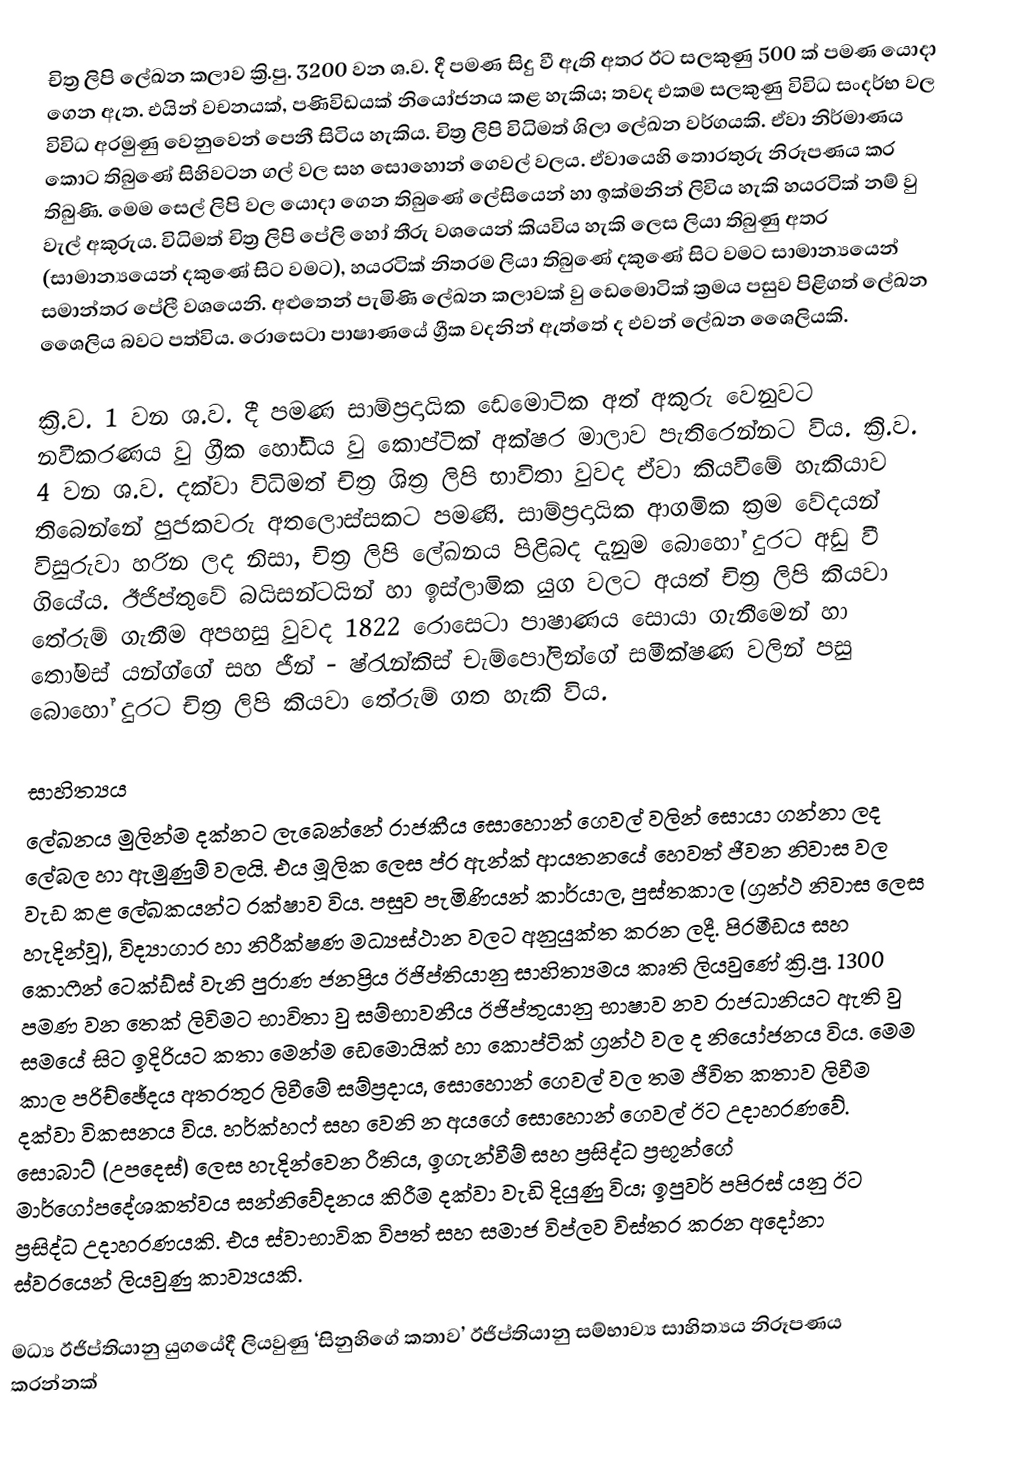
චිත්‍ර ලිපි ලේඛන කලාව ක්‍රි.පු. 3200 වන ශ.ව. දී පමණ සිදු වී ඇති අතර ඊට සලකුණු 500 ක් පමණ යොදා ගෙන ඇත. එයින් වචනයක්, පණිවිඩයක් නියෝජනය කළ හැකිය; තවද එකම සලකුණු විවිධ සංදර්භ වල විවිධ අරමුණු වෙනුවෙන් පෙනී සිටිය හැකිය. චිත්‍ර ලිපි විධිමත් ශිලා ලේඛන වර්ගයකි. ඒවා නිර්මාණය කොට තිබුණේ සිහිවටන ගල් වල සහ සොහොන් ගෙවල් වලය. ඒවායෙහි තොරතුරු නිරූපණය කර තිබුණි.  මෙම සෙල් ලිපි වල යොදා ගෙන තිබුණේ ලේසියෙන් හා ඉක්මනින් ලිවිය හැකි හයරටික් නම් වු වැල් අකුරුය. විධිමත් චිත්‍ර ලිපි පේලි හෝ තීරු වශයෙන් කියවිය හැකි ලෙස ලියා තිබුණු අතර (සාමාන්‍යයෙන් දකුණේ සිට වමට), හයරටික් නිතරම ලියා තිබුණේ දකුණේ සිට වමට සාමාන්‍යයෙන් සමාන්තර පේලී වශයෙනි. අළුතෙන් පැමිණි ලේඛන කලාවක් වු ඩෙමොටික් ක්‍රමය පසුව පිළිගත් ලේඛන ශෛලිය බවට පත්විය. රොසෙටා පාෂාණයේ ග්‍රීක වදනින් ඇත්තේ ද එවන් ලේඛන ශෛලියකි.

ක්‍රි.ව. 1 වන ශ.ව. දී පමණ සාම්ප්‍රදායික ඩෙමොටික අත් අකුරු වෙනුවට නවීකරණය වු ග්‍රීක හෝඩිය වු කොප්ටික් අක්ෂර මාලාව පැතිරෙන්නට විය. ක්‍රි.ව. 4 වන ශ.ව. දක්වා විධිමත් චිත්‍ර ශිත්‍ර ලිපි භාවිතා වුවද ඒවා කියවීමේ හැකියාව තිබෙන්නේ පුජකවරු අතලොස්සකට පමණි. සාම්ප්‍රදායික ආගමික ක්‍රම වේදයන් විසුරුවා හරින ලද නිසා, චිත්‍ර ලිපි ලේඛනය පිළිබද දැනුම බොහෝ දුරට අඩු වී ගියේය. ඊජිප්තුවේ බයිසන්ටයින් හා ඉස්ලාමික යුග වලට අයත් චිත්‍ර ලිපි කියවා තේරුම් ගැනීම අපහසු වුවද 1822 රොසෙටා පාෂාණය සොයා ගැනීමෙන් හා තෝමස් යන්ග්ගේ සහ ජීන් - ෂ්රැන්කිස් චැම්පෝලින්ගේ සමීක්ෂණ වලින් පසු බොහෝ දුරට චිත්‍ර ලිපි කියවා තේරුම් ගත හැකි විය.

සාහිත්‍යය
ලේඛනය මුලින්ම දක්න‍ට ලැබෙන්නේ රාජකීය සොහොන් ගෙවල් වලින් සොයා ගන්නා ලද ලේබල හා ඇමුණුම් වලයි. එය මූලික ලෙස ප්ර ඇන්ක් ආයතනයේ හෙවත් ජීවන නිවාස වල වැඩ කළ ලේඛකයන්ට රක්ෂාව විය. පසුව පැමිණියන් කාර්යාල, පුස්තකාල (ග්‍රන්ථ නිවාස ලෙස හැදින්වූ), විද්‍යාගාර හා නිරීක්ෂණ මධ්‍යස්ථාන වලට අනුයුක්ත කරන ලදී. පිරමීඩය සහ කො‍ෆීන් ටෙක්ඩ්ස් වැනි පුරාණ ජනප්‍රිය ඊජිප්තියානු සාහිත්‍යමය කෘති ලියවුණේ ක්‍රි.පු. 1300 පමණ වන තෙක් ලිවිමට භාවිතා වු සම්භාවනීය ඊජිප්තුයානු භාෂාව නව රාජධානියට ඇති වු සමයේ සිට ඉදිරියට කතා මෙන්ම ඩෙමොයික් හා කොප්ටික් ග්‍රන්ථ වල ද නියෝජනය විය. මෙම කාල පරිච්ඡේදය අතරතුර ලිවීමේ සම්ප්‍රදාය, සොහොන් ගෙවල් වල තම ජීවිත කතාව ලිවීම දක්වා විකසනය විය. හර්ක්හෆ් සහ වෙනි න අයගේ සොහොන් ගෙවල් ඊට උදාහරණවේ. සො‍බාට් (උපදෙස්) ලෙස හැදින්වෙන රීතිය, ඉගැන්වීම් සහ ප්‍රසිද්ධ ප්‍රභූන්ගේ මාර්ගෝපදේශකත්වය සන්නිවේදනය කිරීම දක්වා වැඩි දියුණු විය; ඉපුවර් පපිරස් යනු ඊට ප්‍රසිද්ධ උදාහරණයකි. එය ස්වාභාවික විපත් සහ සමාජ විප්ලව විස්තර කරන අදෝනා ස්වරයෙන් ලියවුණු කාව්‍යයකි.

මධ්‍ය ඊජිප්තියානු යුගයේදී ලියවුණු ‘සිනුහිගේ කතාව’ ඊජිප්තියානු සම්භාව්‍ය සාහිත්‍යය නිරූපණය කරන්නක්